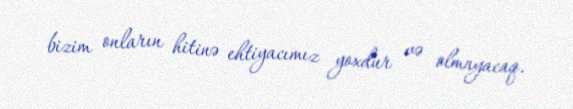
bizim onların hitinə ehtiyacımız yoxdur və olmayacaq.